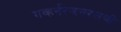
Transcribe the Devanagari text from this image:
गव्हर्नरजनरलची